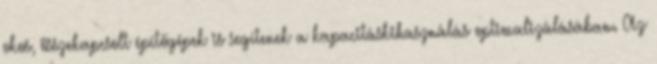
okos, összekapcsolt építőgépek is segítenek a kapacitáskihasználás optimalizálásában. Az